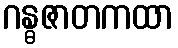
ဂန္ဓဇာတကထာ